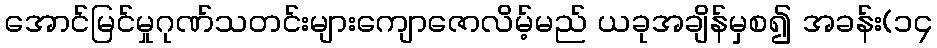
အောင်မြင်မှုဂုဏ်သတင်းများကျောဇောလိမ့်မည် ယခုအချိန်မှစ၍ အခန်း(၁၄